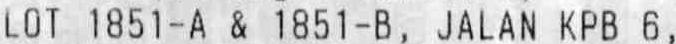
LOT 1851-A & 1851-B, JALAN KPB 6 ,